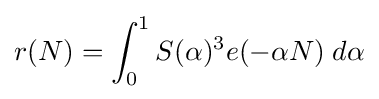
r(N)=\int _{0}^{1}S(\alpha )^{3}e(-\alpha N)\;d\alpha